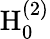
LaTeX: \mathrm{H}_{0}^{(2)}